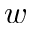
w